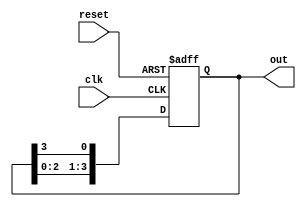
module ring_counter #(
    parameter N = 4  // Number of flip-flops (states)
)(
    input wire clk,      // Clock signal
    input wire reset,    // Asynchronous reset signal
    output reg [N-1:0] out // Output representing the current state
);

// Initial state
initial begin
    out = 1'b1; // Start with the first flip-flop set to '1'
end

// Always block for the ring counter operation
always @(posedge clk or posedge reset) begin
    if (reset) begin
        out <= 1'b1; // Reset the counter to the initial state
    end else begin
        out <= {out[N-2:0], out[N-1]}; // Shift the '1' to the next flip-flop
    end
end

endmodule